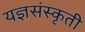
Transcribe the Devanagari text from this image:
यज्ञसंस्कृती